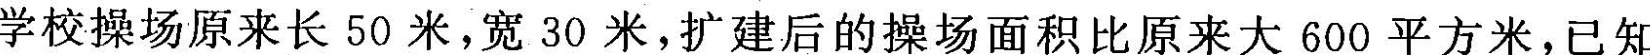
学校操场原来长50米，宽30米，扩建后的操场面积比原来大600平方米，已知